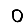
Digit: 0